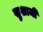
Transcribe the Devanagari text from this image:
खुशामी